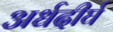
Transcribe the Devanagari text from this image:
अर्धदीर्घ